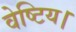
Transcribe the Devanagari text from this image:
वेष्टिय।